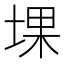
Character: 堁